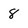
Character: 8